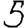
Digit: 5